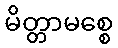
မိတ္တာမစ္စေ